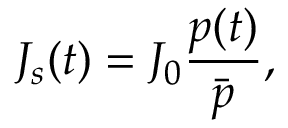
J _ { s } ( t ) = J _ { 0 } \frac { p ( t ) } { \bar { p } } ,